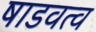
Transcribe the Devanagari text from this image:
षाडवत्व